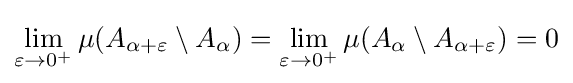
\lim _{\varepsilon \to 0^{+}}\mu (A_{\alpha +\varepsilon }\setminus A_{\alpha })=\lim _{\varepsilon \to 0^{+}}\mu (A_{\alpha }\setminus A_{\alpha +\varepsilon })=0